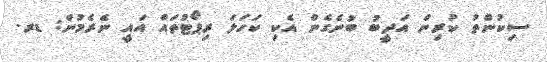
ސިކުންތު ކުރިން އަދީބު ބުނެގެން އެކި ކަހަލަ ރިޕޯޓުތައް އައީ ނެރެމުން: ޑރ.